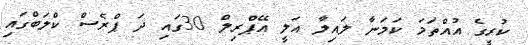
ކުރީގެ އުއްތަމަ ކަމަނާ ލައިލާ އަލީ އޭޕްރިލް 30ގައި ދަ ޕްރެސް ކްލަބްގައި